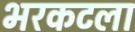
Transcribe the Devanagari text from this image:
भरकटला